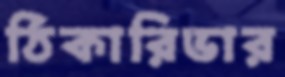
ঠিকারিভার